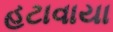
હટાવાયા